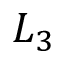
L _ { 3 }